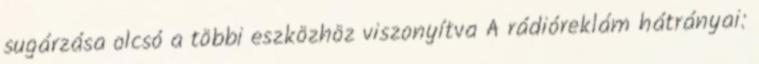
sugárzása olcsó a többi eszközhöz viszonyítva A rádióreklám hátrányai: